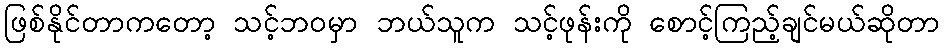
ဖြစ်နိုင်တာကတော့ သင့်ဘဝမှာ ဘယ်သူက သင့်ဖုန်းကို စောင့်ကြည့်ချင်မယ်ဆိုတာ